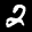
Label: 2